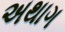
અથાગ